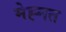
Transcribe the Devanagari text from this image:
मेह्नत